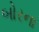
બોરના